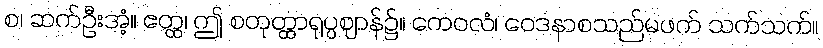
စ၊ ဆက်ဦးအံ့။ ဧတ္ထ၊ ဤ စတုတ္ထာရုပ္ပဈာန်၌။ ကေဝလံ၊ ဝေဒနာစသည်မဖက် သက်သက်။